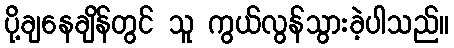
ပို့ချနေချိန်တွင် သူ ကွယ်လွန်သွားခဲ့ပါသည်။